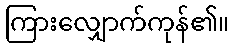
ကြားလျှောက်ကုန်၏။